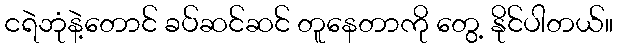
ငရဲဘုံနဲ့တောင် ခပ်ဆင်ဆင် တူနေတာကို တွေ့ နိုင်ပါတယ်။